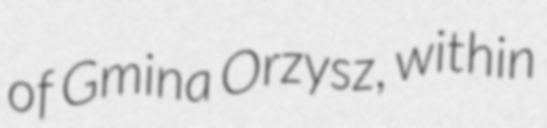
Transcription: of Gmina Orzysz, within